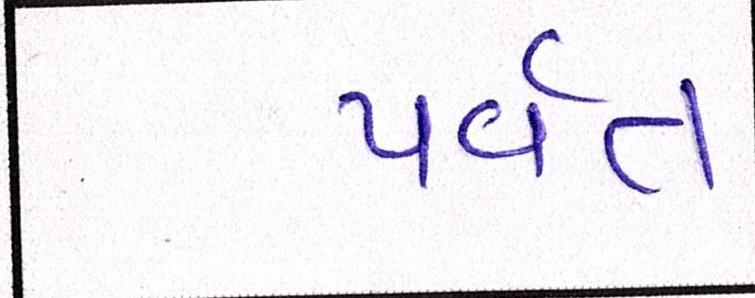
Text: પર્વત